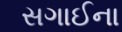
સગાઈના